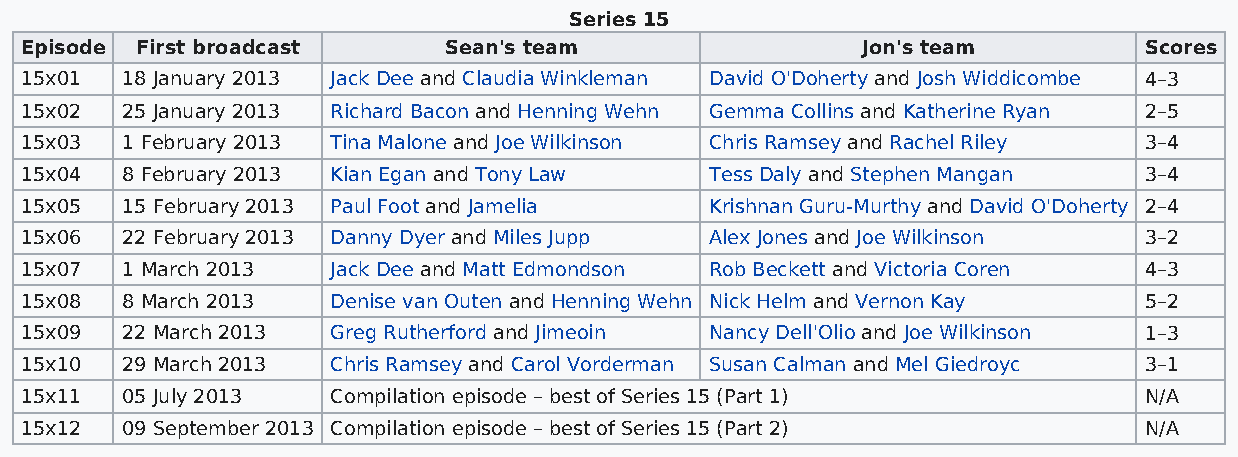
Series 15
 Episode First broadcast     Sean's team                 Jon's team         Scores
 15x01  18 January 2013 Jack Dee and Claudia Winkleman David O'Doherty and Josh Widdicombe 4–3
 15x02  25 January 2013 Richard Bacon and Henning Wehn Gemma Collins and Katherine Ryan 2–5
 15x03  1 February 2013 Tina Malone and Joe Wilkinson Chris Ramsey and Rachel Riley 3–4
 15x04  8 February 2013 Kian Egan and Tony Law Tess Daly and Stephen Mangan 3–4
 15x05  15 February 2013 Paul Foot and Jamelia Krishnan Guru-Murthy and David O'Doherty 2–4
 15x06  22 February 2013 Danny Dyer and Miles Jupp Alex Jones and Joe Wilkinson 3–2
 15x07  1 March 2013  Jack Dee and Matt Edmondson Rob Beckett and Victoria Coren 4–3
 15x08  8 March 2013  Denise van Outen and Henning Wehn Nick Helm and Vernon Kay 5–2
 15x09  22 March 2013 Greg Rutherford and Jimeoin Nancy Dell'Olio and Joe Wilkinson 1–3
 15x10  29 March 2013 Chris Ramsey and Carol Vorderman Susan Calman and Mel Giedroyc 3–1
 15x11  05 July 2013  Compilation episode – best of Series 15 (Part 1)      N/A
 15x12  09 September 2013 Compilation episode – best of Series 15 (Part 2)  N/A